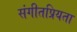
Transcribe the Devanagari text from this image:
संगीतप्रियता